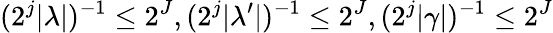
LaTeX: (2^{j}|\lambda|)^{-1}\leq 2^{J},(2^{j}|\lambda^{\prime}|)^{-1}\leq 2^{J},(2^{j}|\gamma|)^{-1}\leq 2^{J}